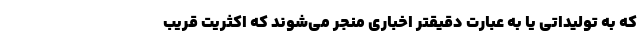
که به تولیداتی یا به عبارت دقیقتر اخباری منجر می‌شوند که اکثریت قریب